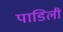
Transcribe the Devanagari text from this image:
पाडिली